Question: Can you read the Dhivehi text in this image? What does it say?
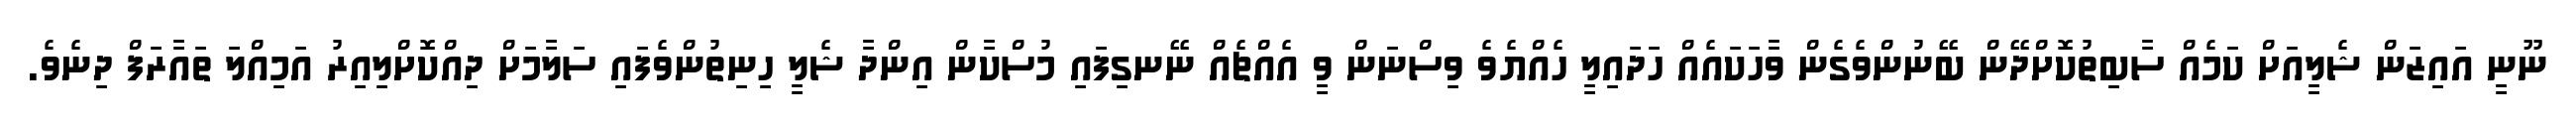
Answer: ނޫނީ އައިޒަން ޝެލީއަށް ކަމެއް ސާބިތުކޮށްދޭން ބޭނުންވެގެން ވާހަކައެއް ހަދައިލީ ހެއްޔެވެ ވިސްނަން ވީ އެއްޗެއް ނޭނގިފައި މުސްކާން އިންދާ ޝެލީ ހިނިތުންވެފައި ސަލާމަށް ދިއްކޮށްލިއިރު އަމިއްލަ ތައާރަފް ދިނެވެ.